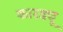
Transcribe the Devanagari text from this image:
कारड्यू